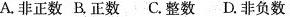
A.非正数 B.正数 C.整数 D.非负数